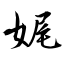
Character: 娓